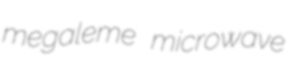
megaleme microwave